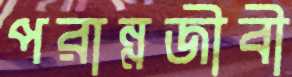
পরান্নজীবী